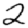
Digit: 2